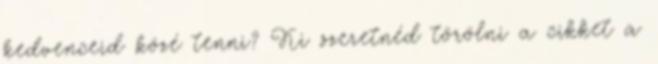
kedvenceid közé tenni? Ki szeretnéd törölni a cikket a